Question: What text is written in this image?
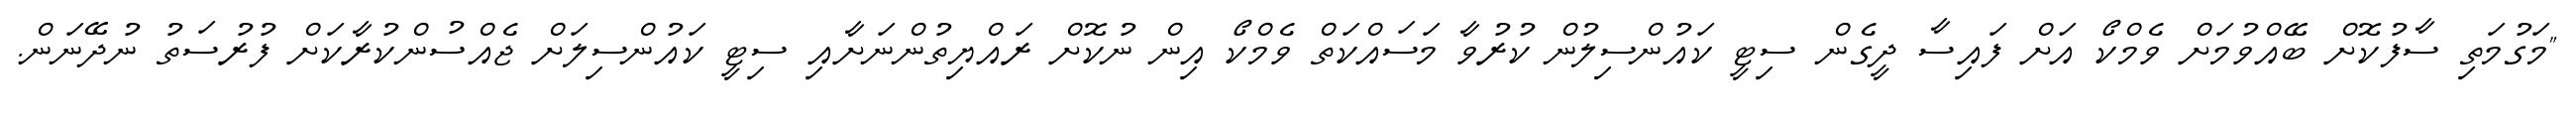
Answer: "މަގުމަތި ސާފުކޮށް ބޭއްވުމަށް ވެމްކޯ އަށް ފައިސާ ދީގެން ސިޓީ ކައުންސިލުން ކުރުވާ މަސައްކަތް ވެމްކޯ އިން ނުކޮށް ރައްޔިތުންނަށާއި ސިޓީ ކައުންސިލަށް ޖެއްސުންކުރާކަށް ފުރުސަތު ނުދޭނަން.